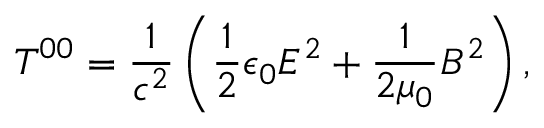
T ^ { 0 0 } = { \frac { 1 } { c ^ { 2 } } } \left( { \frac { 1 } { 2 } } \epsilon _ { 0 } E ^ { 2 } + { \frac { 1 } { 2 \mu _ { 0 } } } B ^ { 2 } \right) ,